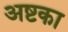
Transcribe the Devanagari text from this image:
अष्टका